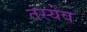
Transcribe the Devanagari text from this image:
तस्येव